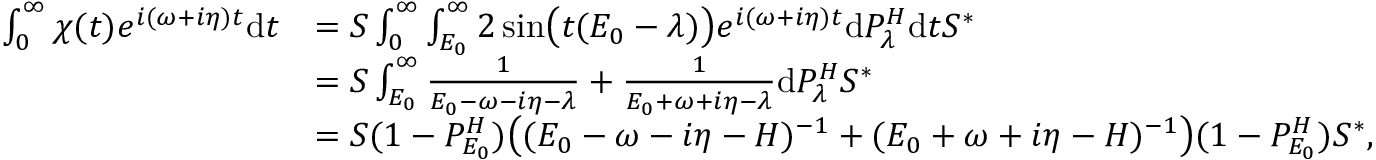
\begin{array} { r l } { \int _ { 0 } ^ { \infty } \chi ( t ) e ^ { i ( \omega + i \eta ) t } \mathrm { d } t } & { = S \int _ { 0 } ^ { \infty } \int _ { E _ { 0 } } ^ { \infty } 2 \sin \bigr ( t ( E _ { 0 } - \lambda ) \bigr ) e ^ { i ( \omega + i \eta ) t } \mathrm { d } P _ { \lambda } ^ { H } \mathrm { d } t S ^ { \ast } } \\ & { = S \int _ { E _ { 0 } } ^ { \infty } \frac { 1 } { E _ { 0 } - \omega - i \eta - \lambda } + \frac { 1 } { E _ { 0 } + \omega + i \eta - \lambda } \mathrm { d } P _ { \lambda } ^ { H } S ^ { \ast } } \\ & { = S ( 1 - P _ { E _ { 0 } } ^ { H } ) \bigr ( ( E _ { 0 } - \omega - i \eta - H ) ^ { - 1 } + ( E _ { 0 } + \omega + i \eta - H ) ^ { - 1 } \bigr ) ( 1 - P _ { E _ { 0 } } ^ { H } ) S ^ { \ast } , } \end{array}